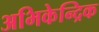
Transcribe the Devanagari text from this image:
अभिकेन्द्रिक